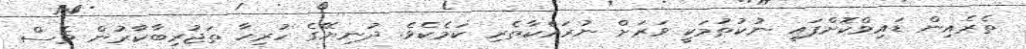
ތެރެއިން ޑައިވްކޮށްފައި ނުކުތުމަކީ ވަރަށް ނުރައްކާތެރި ކަމެކެވެ. ދުނިޔޭގެ ހުރިހާ ތަޖުރިބާކާރުން ވެސް